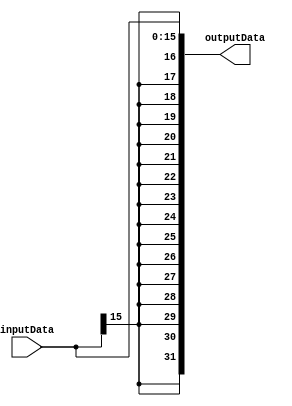
module SignExtender_16to32(inputData, outputData);
  
  input[15:0] inputData;
  output[31:0] outputData;
  reg [31:0] outputData;
  
  always@(inputData)
    begin
      
      outputData[15:0]  = inputData[15:0];
      outputData[31:16] = {16{inputData[15]}};
      
    end
endmodule